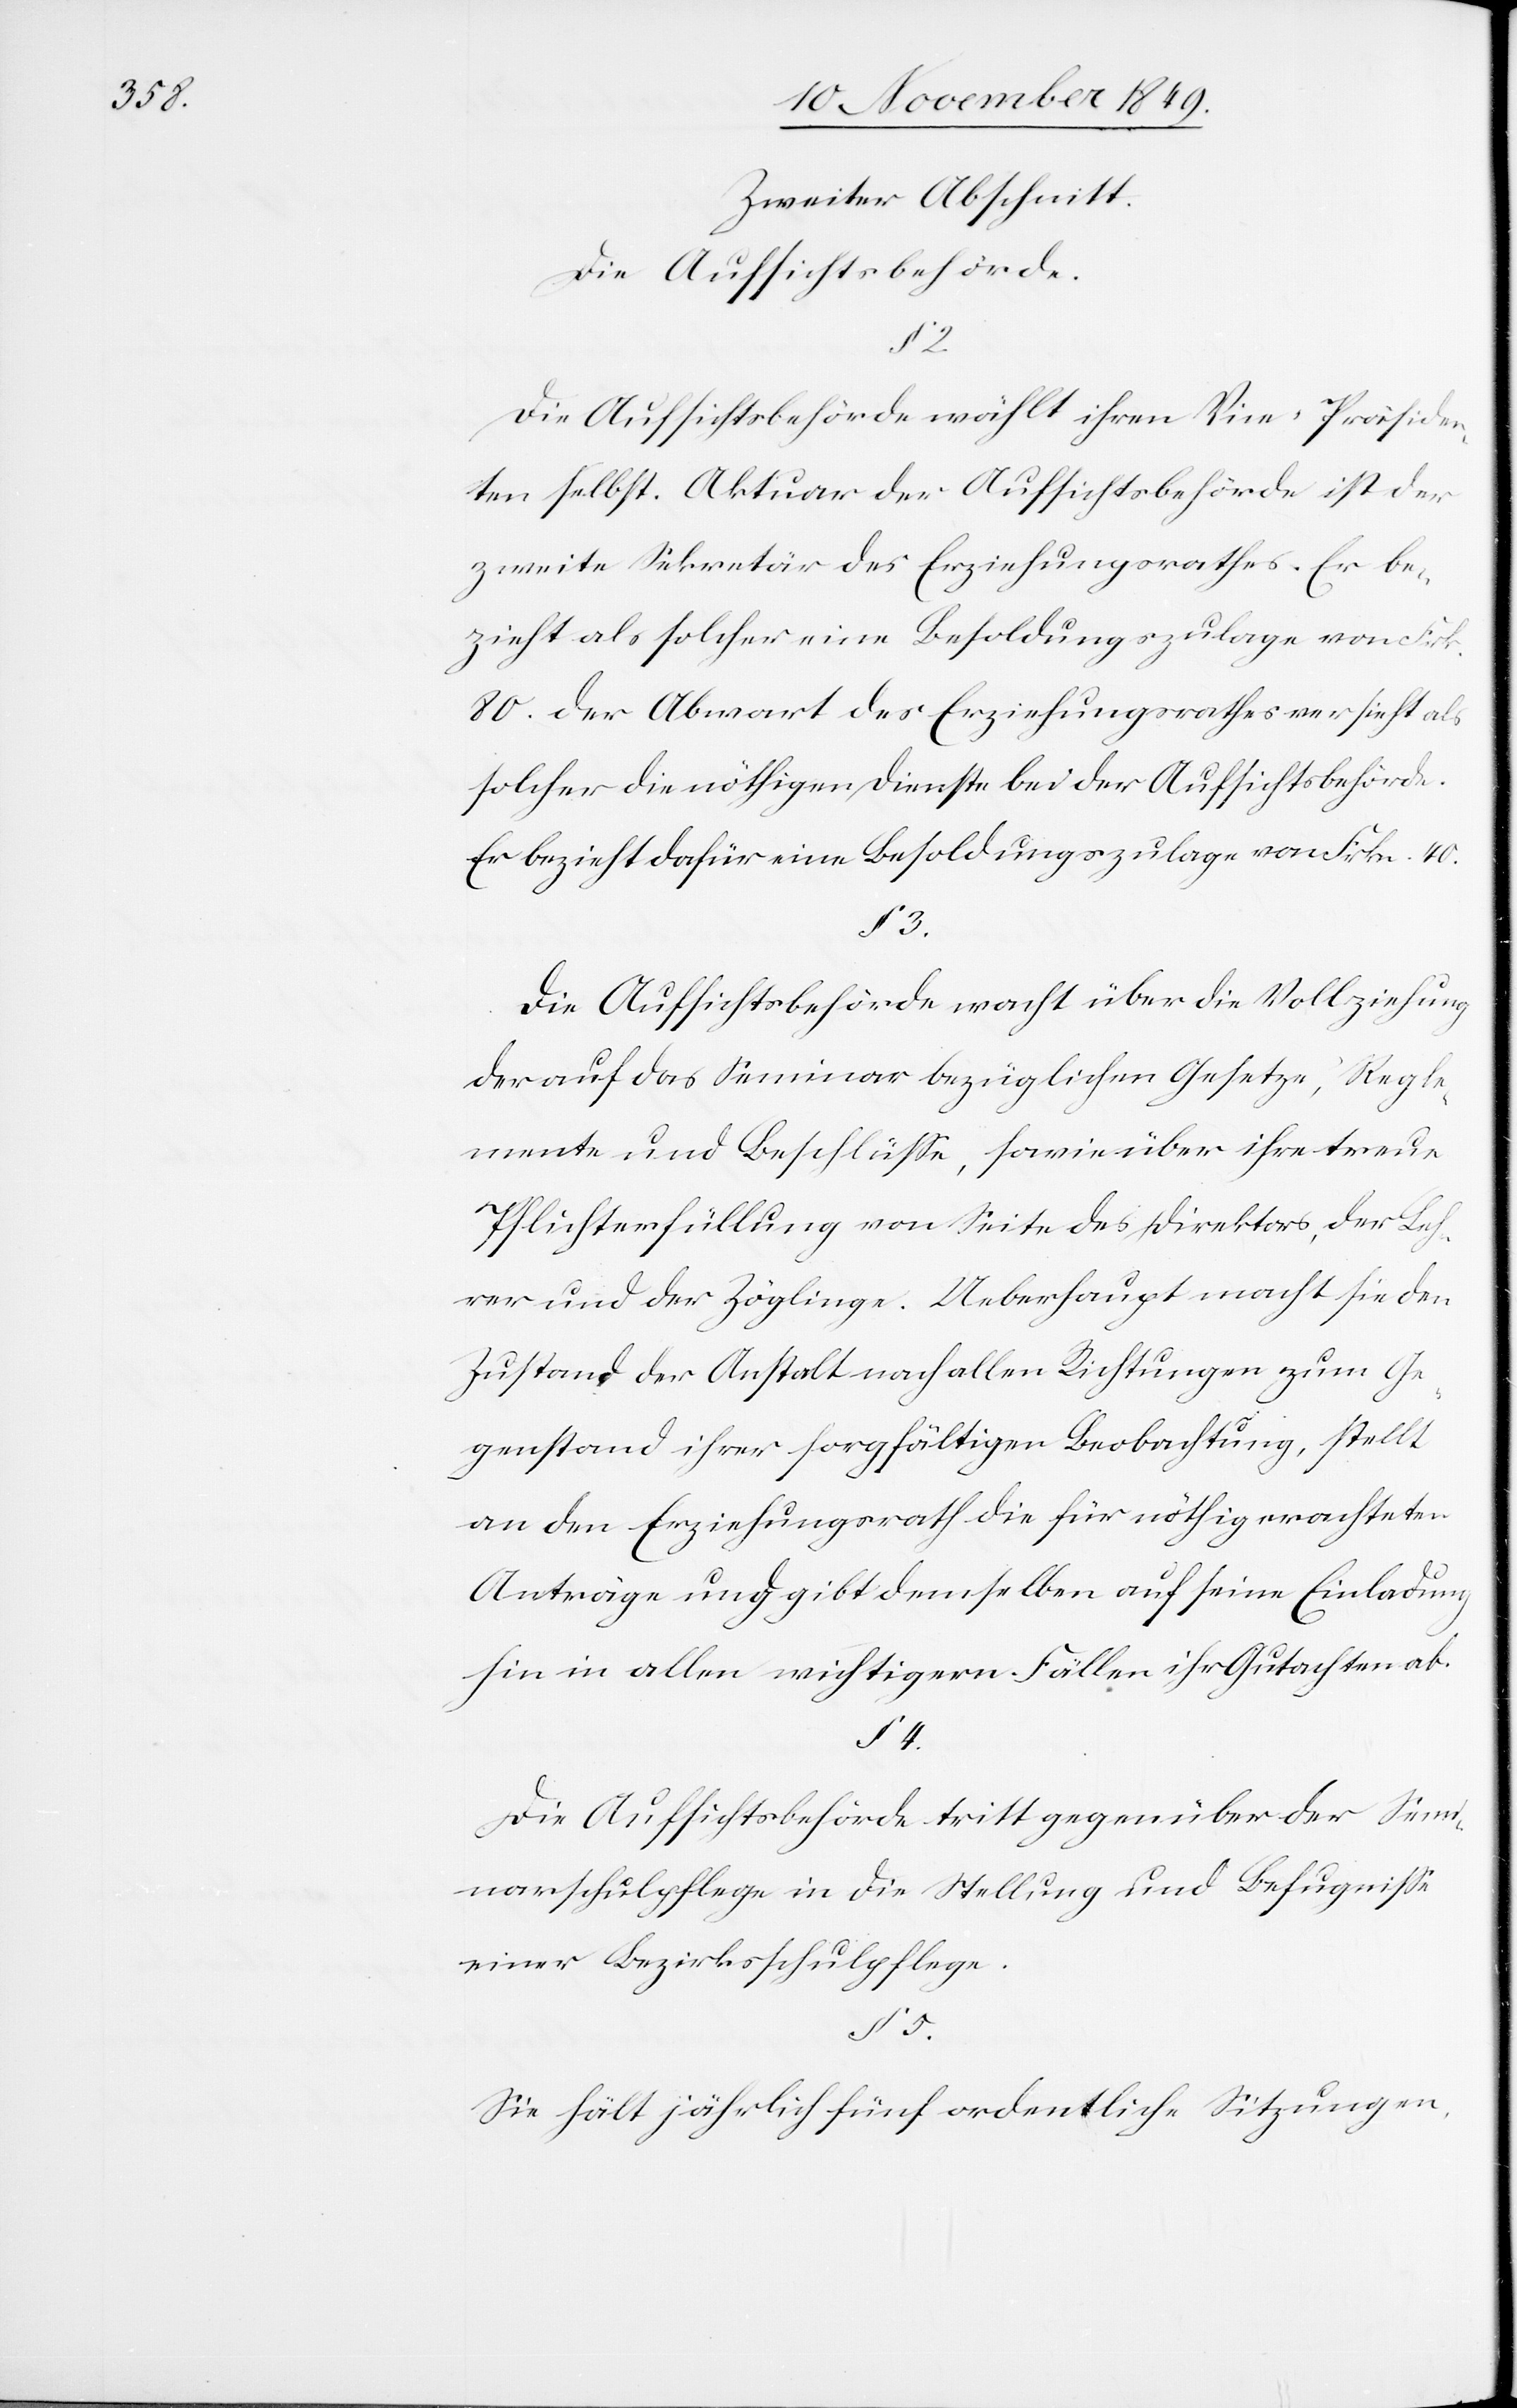
§ 5.

Zweiter Abschnitt.
Die Aufsichtsbehörde.
Die Aufsichtsbehörde wählt ihren Vice-Präsiden¬
ten selbst. Aktuar der Aufsichtsbehörde ist der
zweite Sekretär des Erziehungsrathes. Er be¬
zieht als solcher eine Besoldungszulage von Frk.
80. Der Abwart des Erziehungsrathes versieht als
solcher die nöthigen Dienste bei der Aufsichtsbehörde.
Er bezieht dafür eine Besoldungszulage von Frkn. 40.
§ 3.
Die Aufsichtsbehörde macht über die Vollziehung
der auf das Seminar bezüglichen Gesetze, Regle¬
mente und Beschlüße, sowie über ihre treue
Pflichterfüllung von Seite des Direktors, der Leh¬
rer und der Zöglinge. Ueberhaupt macht sie den
Zustand der Anstalt nach allen Richtungen zum Ge¬
genstand ihrer sorgfältigen Beobachtung, stellt
an den Erziehungsrath die für nöthig erachteten
Anträge und gibt demselben auf seine Einladung
hin in allen wichtigern Fällen ihr Gutachten ab.
§ 4.
Die Aufsichtsbehörde tritt gegenüber der Semi¬
narschulpflege in der Stellung und Befugniße
einer Bezirksschulpflege.
Sie hält jährlich fünf ordentliche Sitzungen,